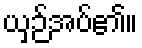
ယှဉ်အပ်၏။